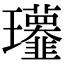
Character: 𤫧